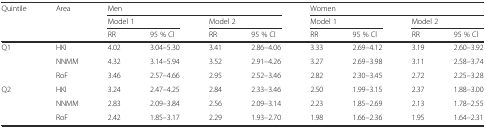
<table><thead><tr><td><b>Quintile</b></td><td><b>Area</b></td><td colspan="4"><b>Men</b></td><td colspan="4"><b>Women</b></td></tr><tr><td></td><td></td><td colspan="2"><b>Model 1</b></td><td colspan="2"><b>Model 2</b></td><td colspan="2"><b>Model 1</b></td><td colspan="2"><b>Model 2</b></td></tr><tr><td></td><td></td><td><b>RR</b></td><td><b>95 % Cl</b></td><td><b>RR</b></td><td><b>95 % Cl</b></td><td><b>RR</b></td><td><b>95 % Cl</b></td><td><b>RR</b></td><td><b>95 % Cl</b></td></tr></thead><tbody><tr><td>Q1</td><td>HKI</td><td>4.02</td><td>3.04–5.30</td><td>3.41</td><td>2.86–4.06</td><td>3.33</td><td>2.69–4.12</td><td>3.19</td><td>2.60–3.92</td></tr><tr><td></td><td>NNMM</td><td>4.32</td><td>3.14–5.94</td><td>3.52</td><td>2.91–4.26</td><td>3.27</td><td>2.69–3.98</td><td>3.11</td><td>2.58–3.74</td></tr><tr><td></td><td>RoF</td><td>3.46</td><td>2.57–4.66</td><td>2.95</td><td>2.52–3.46</td><td>2.82</td><td>2.30–3.45</td><td>2.72</td><td>2.25–3.28</td></tr><tr><td>Q2</td><td>HKI</td><td>3.24</td><td>2.47–4.25</td><td>2.84</td><td>2.33–3.46</td><td>2.50</td><td>1.99–3.15</td><td>2.37</td><td>1.88–3.00</td></tr><tr><td></td><td>NNMM</td><td>2.83</td><td>2.09–3.84</td><td>2.56</td><td>2.09–3.14</td><td>2.23</td><td>1.85–2.69</td><td>2.13</td><td>1.78–2.55</td></tr><tr><td></td><td>RoF</td><td>2.42</td><td>1.85–3.17</td><td>2.29</td><td>1.93–2.70</td><td>1.98</td><td>1.66–2.36</td><td>1.95</td><td>1.64–2.31</td></tr></tbody></table>